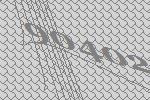
90402